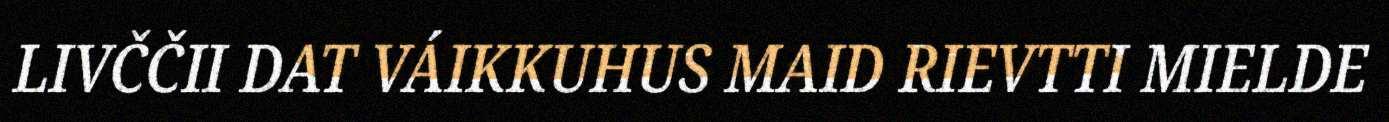
LIVČČII DAT VÁIKKUHUS MAID RIEVTTI MIELDE